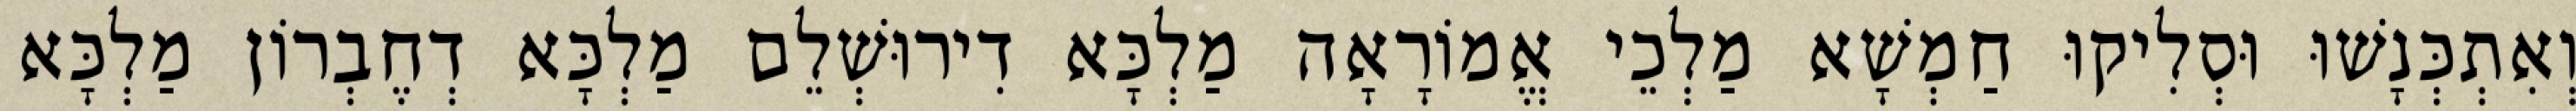
וְאִתְכְּנָשׁוּ וּסְלִיקוּ חַמְשָׁא מַלְכֵי אֱמוֹרָאָה מַלְכָּא דִירוּשְׁלֵם מַלְכָּא דְחֶבְרוֹן מַלְכָּא